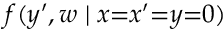
f ( y ^ { \prime } , w \mid x { = } x ^ { \prime } { = } y { = } 0 )